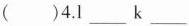
( )4.l___k___